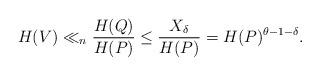
LaTeX: \begin{align*}H(V)\ll_{n} \frac{H(Q)}{H(P)}\leq \frac{X_{\delta}}{H(P)}= H(P)^{\theta-1-\delta}.\end{align*}